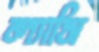
ল্যাসি